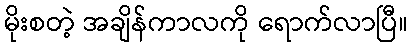
မိုးစတဲ့ အချိန်ကာလကို ရောက်လာပြီ။